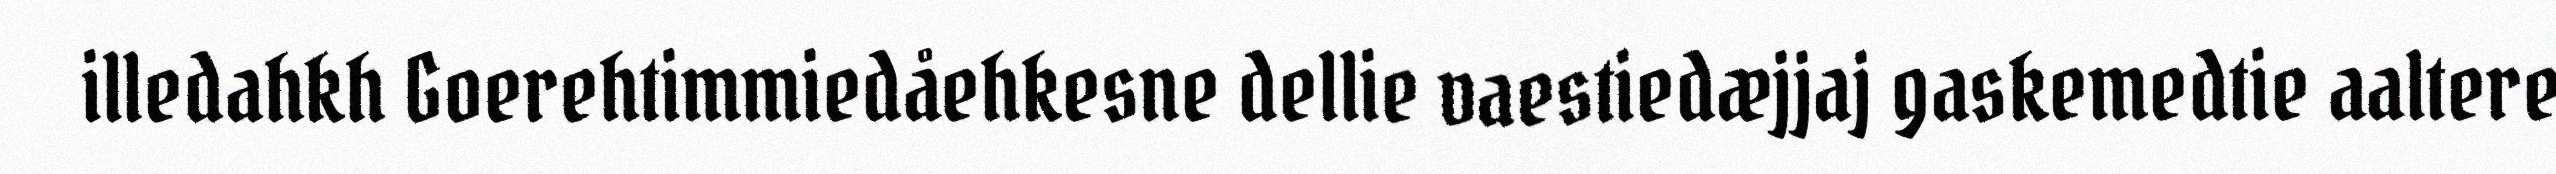
illedahkh Goerehtimmiedåehkesne dellie vaestiedæjjaj gaskemedtie aaltere